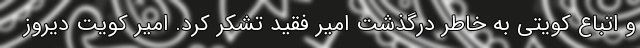
و اتباع کویتی به خاطر درگذشت امیر فقید تشکر کرد. امیر کویت دیروز